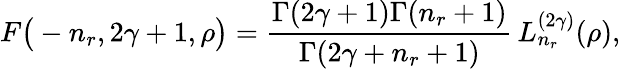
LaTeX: F\big(-n_{r},2\gamma+1,\rho\big)=\frac{\Gamma(2\gamma+1)\Gamma(n_{r}+1)}{\Gamma(2\gamma+n_{r}+1)}\, L_{n_{r}}^{(2\gamma)}(\rho),